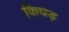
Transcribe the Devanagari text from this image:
किचड़